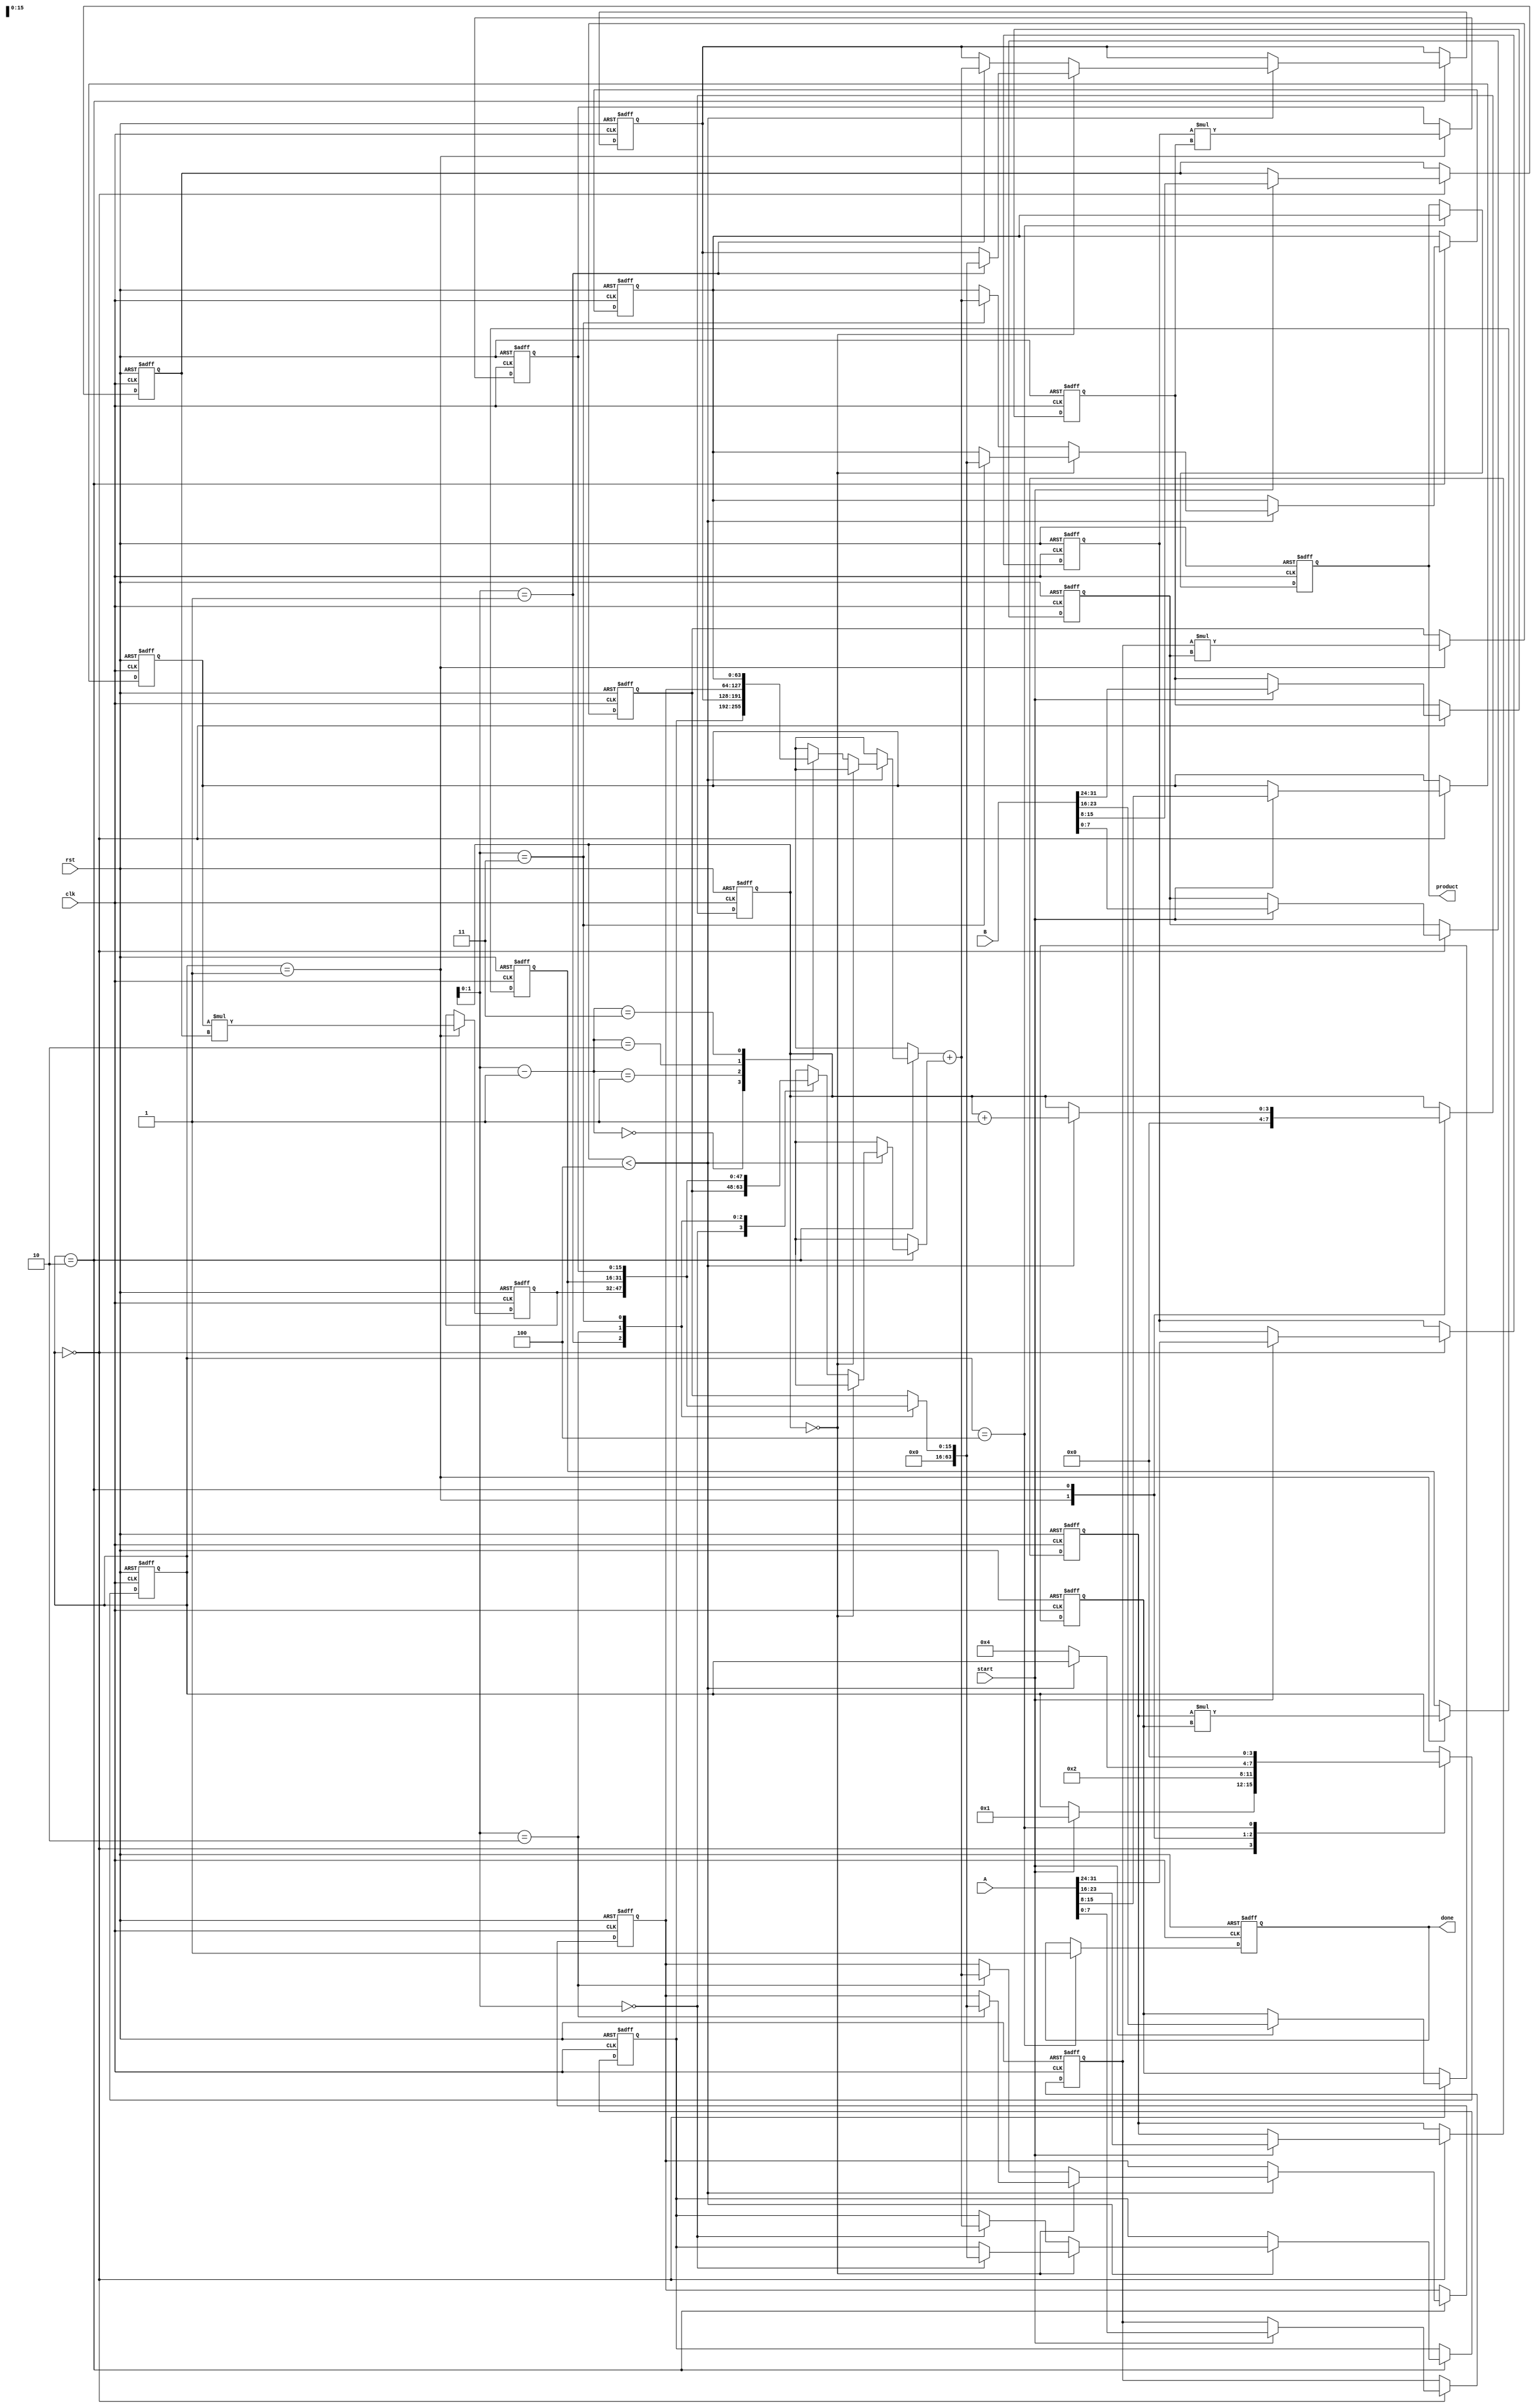
module pipelined_sliced_multiplier #(
    parameter N = 32,  // Width of input operands
    parameter M = 8    // Width of each slice
)(
    input wire clk,
    input wire rst,
    input wire start,
    input wire [N-1:0] A,
    input wire [N-1:0] B,
    output reg [2*N-1:0] product,
    output reg done
);

    localparam S = N / M;  // Number of slices
    reg [M-1:0] A_slice[S-1:0];
    reg [M-1:0] B_slice[S-1:0];
    reg [2*M-1:0] partial_products[S-1:0];
    reg [2*N-1:0] accumulators[S-1:0];

    reg [3:0] state;  // State for control logic
    reg [3:0] stage;  // Current pipeline stage

    // State encoding
    localparam IDLE = 0, LOAD_SLICES = 1, COMPUTE = 2, ACCUMULATE = 3, FINALIZE = 4;

    // Slice the inputs into smaller parts
    integer i;
    always @(posedge clk or posedge rst) begin
        if (rst) begin
            for (i = 0; i < S; i = i + 1) begin
                A_slice[i] <= 0;
                B_slice[i] <= 0;
                partial_products[i] <= 0;
                accumulators[i] <= 0;
            end
            product <= 0;
            done <= 0;
            state <= IDLE;
            stage <= 0;
        end else begin
            case (state)
                IDLE: begin
                    if (start) begin
                        // Load slices
                        for (i = 0; i < S; i = i + 1) begin
                            A_slice[i] <= A[(i * M) +: M];
                            B_slice[i] <= B[(i * M) +: M];
                        end
                        state <= LOAD_SLICES;
                    end
                end

                LOAD_SLICES: begin
                    // Generate partial products
                    for (i = 0; i < S; i = i + 1) begin
                        partial_products[i] <= A_slice[i] * B_slice[i];
                    end
                    state <= COMPUTE;
                    stage <= 0;
                end

                COMPUTE: begin
                    // Accumulate partial products
                    if (stage < S) begin
                        if (stage == 0) begin
                            accumulators[stage] <= partial_products[stage];
                        end else begin
                            accumulators[stage] <= accumulators[stage - 1] + partial_products[stage];
                        end
                        stage <= stage + 1;
                    end else begin
                        state <= FINALIZE;
                    end
                end

                FINALIZE: begin
                    // Final output
                    product <= accumulators[S-1];
                    done <= 1;
                    state <= IDLE;  // Go back to idle state
                end
            endcase
        end
    end
endmodule